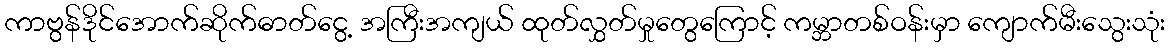
ကာဗွန်ဒိုင်အောက်ဆိုက်ဓာတ်ငွေ့ အကြီးအကျယ် ထုတ်လွှတ်မှုတွေကြောင့် ကမ္ဘာတစ်ဝန်းမှာ ကျောက်မီးသွေးသုံး